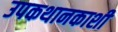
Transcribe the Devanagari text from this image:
उपकथानकाशी